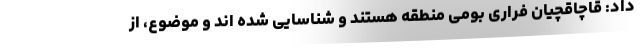
داد: قاچاقچیان فراری بومی منطقه هستند و شناسایی شده اند و موضوع، از